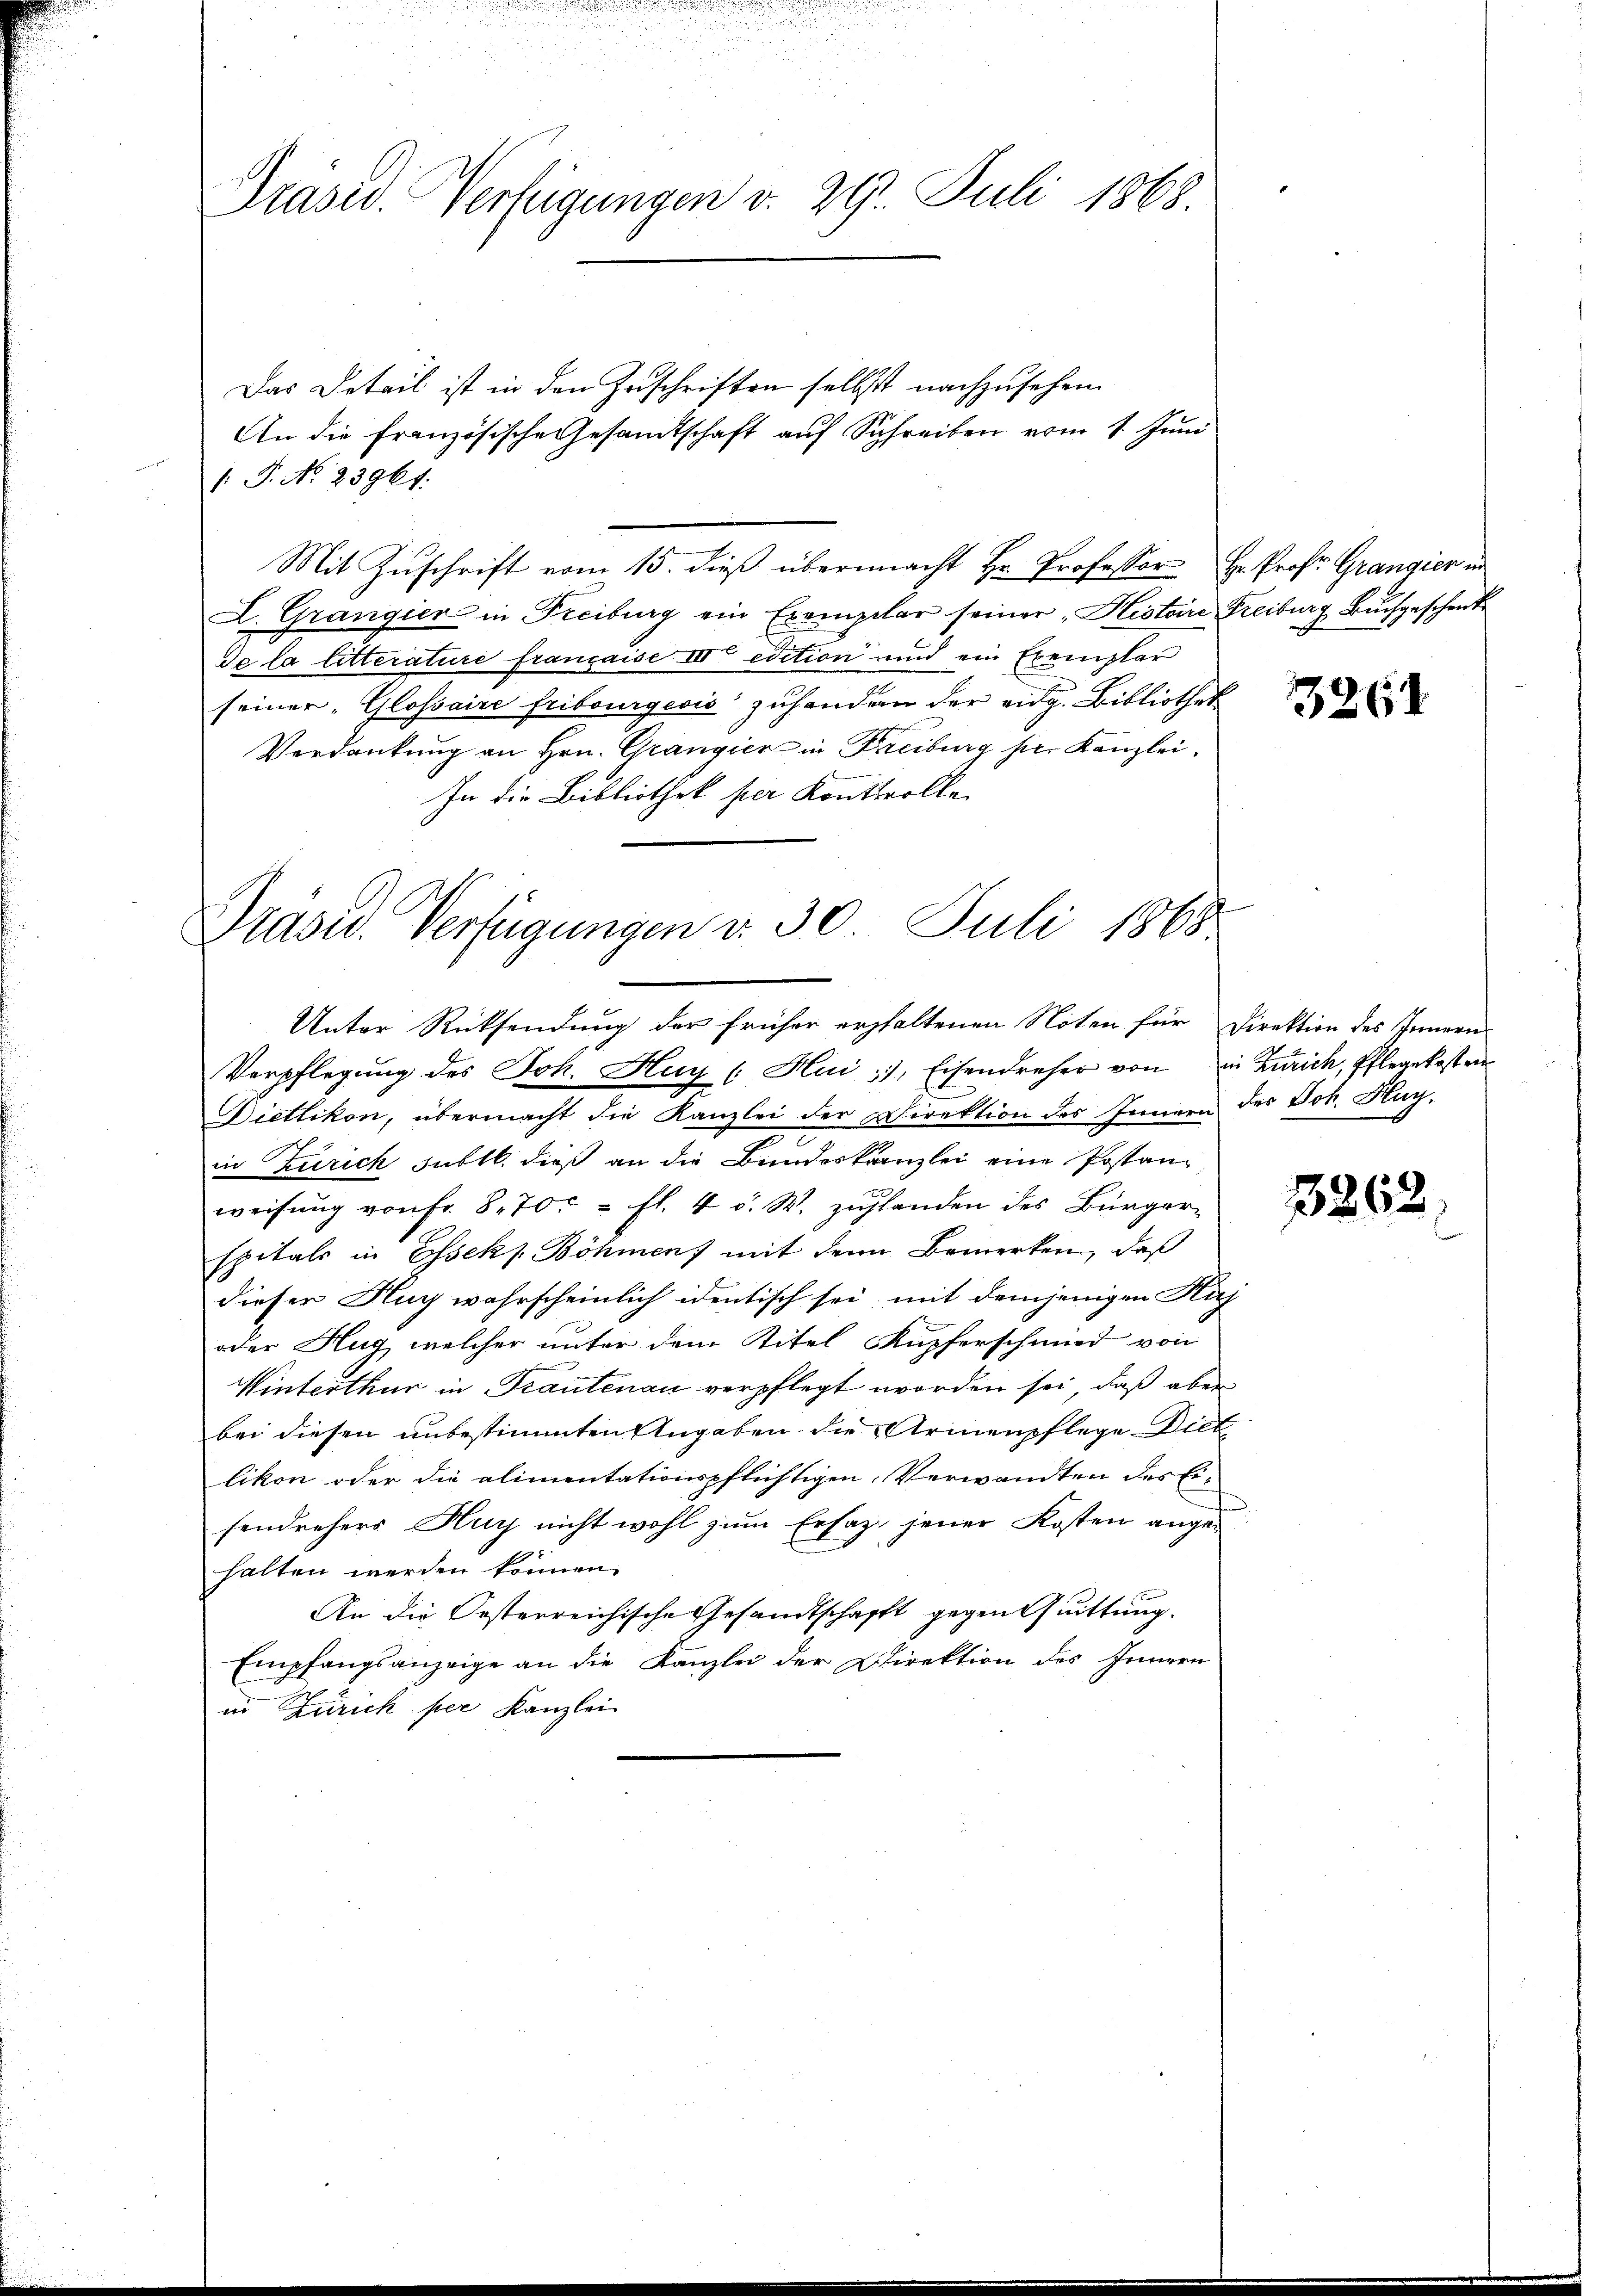
Präsid. Vertigungen v. 29. Juli 1868.

Das Detail ist in den Zuschriften selbst nachzusehen
An die Französische Gesandtschaft auf Schreiben vom 1. Juni
1. P. No. 23967.
Mit Zuschrift vom 15. dieß übermacht Hr. Professor Hr. Prof. Grangier in
L. Grangier in Freiburg ein Exemplar seiner „Histoire Freiburg Buchgeschenk
de la litterature franzaise III edition und ein Exemplar
seiner „Glossaire Fribourgeois zuhandern der eidg. Bibliothek
Verdankung an Hrn. Grangier in Freiburg pr. Kanzlei.
In die Bibliothek per Kontrolle

Prasw. Verfügungen v. 30. Juli 1868.
Unter Rücksendung der früher erhaltenen Noten für Direktion des Innern

Verpflegung des Joh. Hug (Hui), Eisendreher von in Zürich, Pflegekosten
Dietlikon, übermacht die Kanzlei der Direktion des Innern des Joh. Hag-
in Zürich füllt dieß an die Bundeskanzlei eine Postan
x
weisŭng von fr. 8. 70. fl. 4 u. W. zŭglanden des Bürger-
spitals in Esseks Böhmen) mit dem Bemerken, daß
dieser Hug wahrscheinlich identisch sei, mit demjenigen Huf
oder Hug, welcher unter dem Titel Kupferschmied von
Winterthur in Trautenau verpflegt worden sei, daß aber
bei diesen unbestimmten Angaben die Armenpflege Diet
likon oder die alimentationspflichtigen Verwandten des Er-
sendrehers Hurf nicht wohl zum Ersatze jener Kosten ange-
halten werden können.
An die Oesterreichische Gesandtschafft gegentuittung.
Empfangsanzeige an die Kanzlei der Direktion des Innern
in Zürich per Kanzlei

3261

3262.